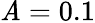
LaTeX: \mathit{A}=0.1